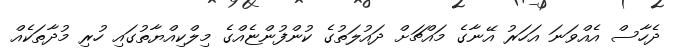
ދެހާސް އެއްވަނަ އަހަރު އޭނާގެ މައްޗަށް ދައުލަތުގެ ކުންފުންޏެއްގެ މިލްކިއްޔާތުގައި ހުރި މުދާތަކެއް